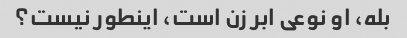
بله، او نوعی ابر زن است، اینطور نیست؟